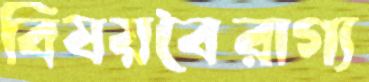
বিষয়বৈরাগ্য